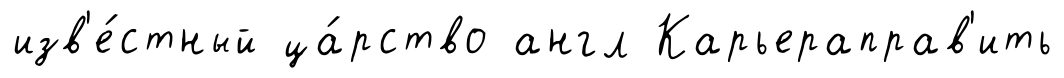
изв'е́стный ца́рство англ Карьераправ'ить